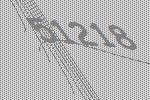
51218